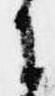
に